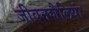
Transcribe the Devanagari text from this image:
जीवनशैलियां